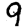
Digit: 9